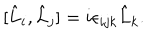
LaTeX: [ \hat { L } _ { i } , \hat { L } _ { j } ] = i \epsilon _ { i j k } \hat { L } _ { k } .